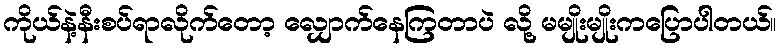
ကိုယ်နဲ့နီးစပ်ရာလိုက်တော့ လျှောက်နေကြတာပဲ လို့ မမျိုးမျိုးကပြောပါတယ်။